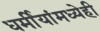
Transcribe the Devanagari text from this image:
धर्मीयांमध्येही